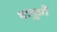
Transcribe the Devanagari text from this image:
धातुऔं